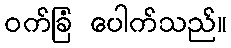
ဝက်ခြံ ပေါက်သည်။